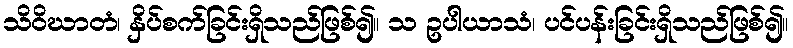
သိဝိဃာတံ၊ နှိပ်စက်ခြင်းရှိသည်ဖြစ်၍။ သ ဥပါယာသံ၊ ပင်ပန်းခြင်းရှိသည်ဖြစ်၍။